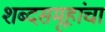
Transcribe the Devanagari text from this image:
शब्दसमूहांचा